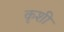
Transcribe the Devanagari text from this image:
कृशी